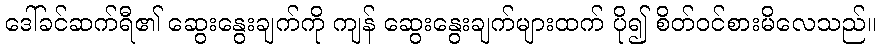
ဒေါ်ခင်ဆက်ရီ၏ ဆွေးနွေးချက်ကို ကျန် ဆွေးနွေးချက်များထက် ပို၍ စိတ်ဝင်စားမိလေသည်။